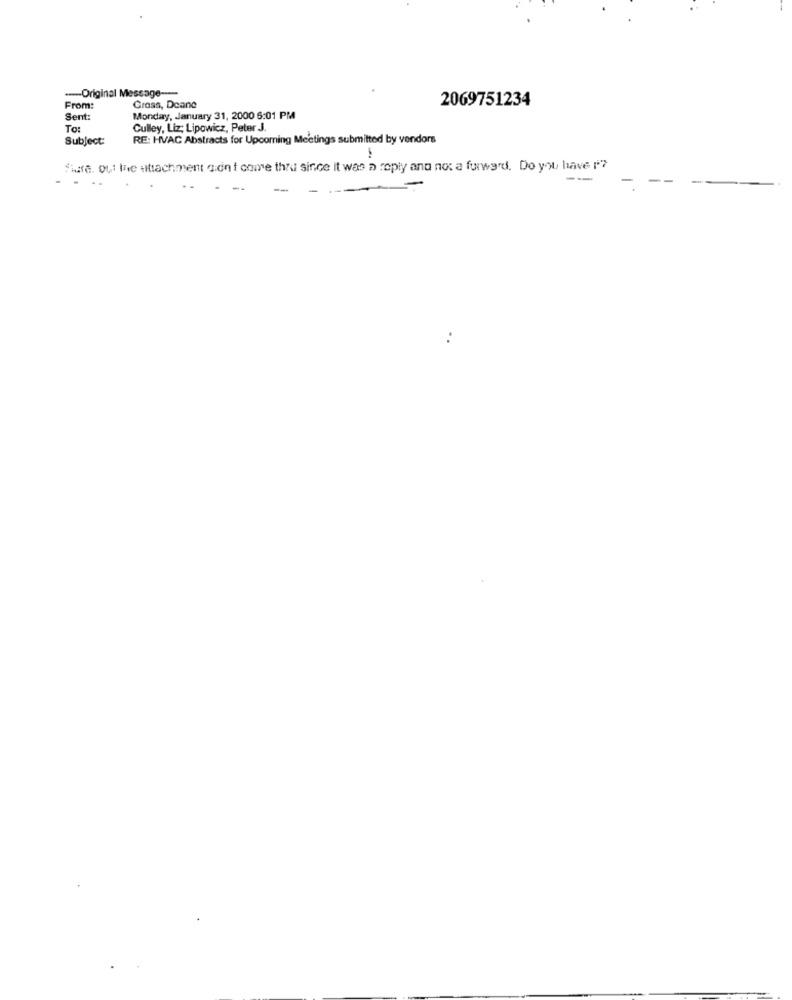
--- Original Message ----
2069751234
From:
Gross, Deane
Sent
Monday, January 31, 2000 6:01 PM
To:
Culley, Liz; Lipowicz, Peter J.
Subject:
RE: HVAC Abstracts for Upcoming Meetings submitted by vendors
Share. out Ine attachment don't come thru since it was a reply and not a furward. Do you have '?
---